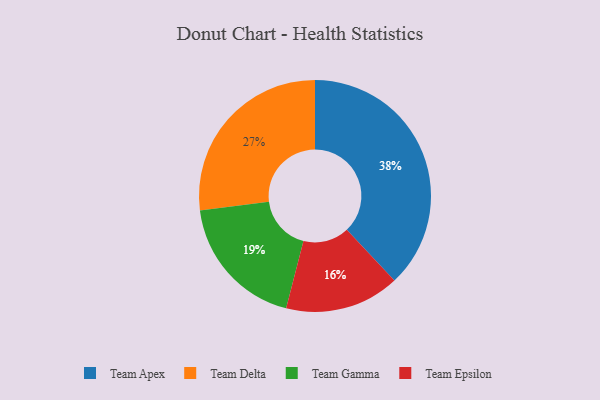
{"axis": {"x": "Category", "y": "Percentage"}, "legend": ["Team Apex", "Team Delta", "Team Epsilon", "Team Gamma"], "data": [{"x": "Team Epsilon", "y": 16, "type": "Team Epsilon"}, {"x": "Team Gamma", "y": 19, "type": "Team Gamma"}, {"x": "Team Apex", "y": 38, "type": "Team Apex"}, {"x": "Team Delta", "y": 27, "type": "Team Delta"}]}